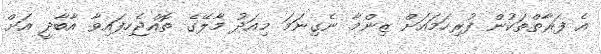
އެ ފަރާތްތަކުން ފުރިހަމައަށް ޒިންމާ ނެގިނަމަ މިއަދު މާލޭގެ ތޮއްޖެހިފައިވާ އާބާދީ އަށް